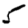
Digit: 5